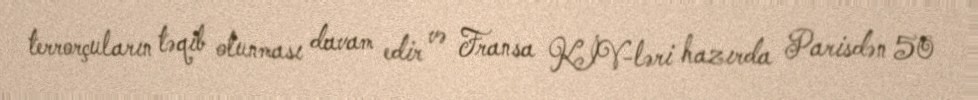
terrorçuların təqib olunması davam edir və Fransa KİV-ləri hazırda Parisdən 50